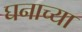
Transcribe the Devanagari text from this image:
घनाच्या